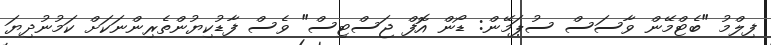
ފިލްމު "ބެޓްމޭން ވާސަސް ސުޕަމޭން: ޑޯން އޮފް ޖަސްޓިސް" ވެސް ފާޑުކިޔުންތެރިންނަކަށް ކަމުނުދިޔަ